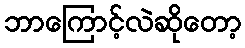
ဘာကြောင့်လဲဆိုတော့